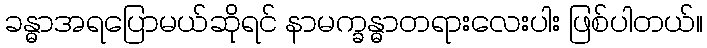
ခန္ဓာအရပြောမယ်ဆိုရင် နာမက္ခန္ဓာတရားလေးပါး ဖြစ်ပါတယ်။